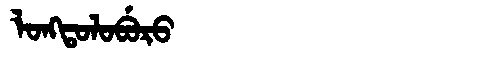
Manchu: ᠯᠣᠩᡨᠣᠯᠣᠪᡠᡵᠣ
Romanization: LONGTOLOBURO